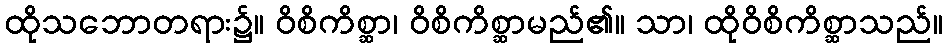
ထိုသဘောတရား၌။ ဝိစိကိစ္ဆာ၊ ဝိစိကိစ္ဆာမည်၏။ သာ၊ ထိုဝိစိကိစ္ဆာသည်။